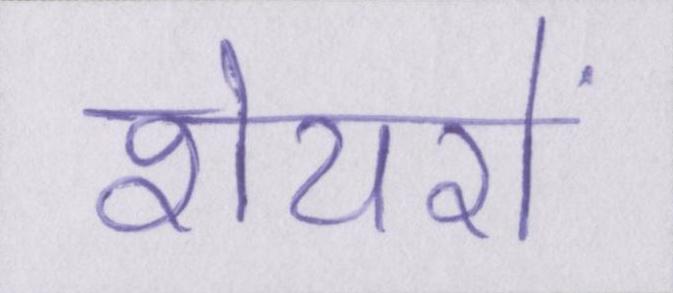
शेयरों